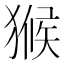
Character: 𤠣